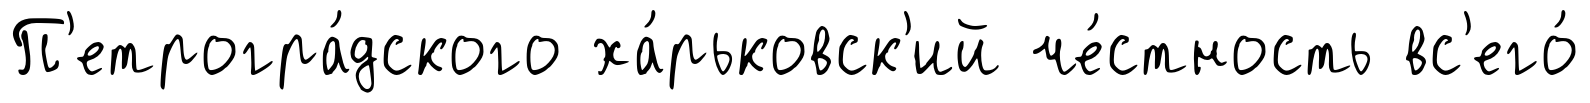
П'етрогра́дского ха́рьковск'ий че́стность вс'его́